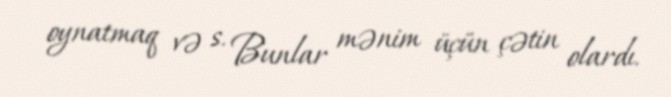
oynatmaq və s. Bunlar mənim üçün çətin olardı.